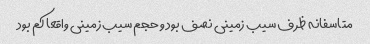
متاسفانه ظرف سیب زمینی نصف بود و حجم سیب زمینی واقعا کم بود